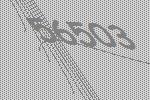
56503